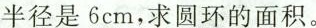
半径是6cm，求圆环的面积。